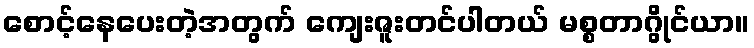
စောင့်နေပေးတဲ့အတွက် ကျေးဇူးတင်ပါတယ် မစ္စတာဂွိုင်ယာ။